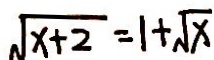
\sqrt { x + 2 } = 1 + \sqrt { x }